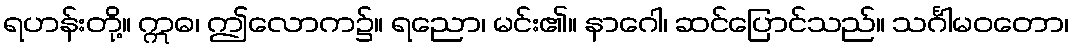
ရဟန်းတို့။ ဣဓ၊ ဤလောက၌။ ရညော၊ မင်း၏။ နာဂေါ၊ ဆင်ပြောင်သည်။ သင်္ဂါမဝတော၊